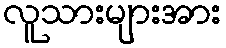
လူသားများအား